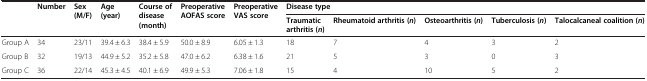
<table><thead><tr><td rowspan="2"></td><td rowspan="2"><b>Number</b></td><td rowspan="2"><b>Sex (M/F)</b></td><td rowspan="2"><b>Age (year)</b></td><td rowspan="2"><b>Course of disease (month)</b></td><td rowspan="2"><b>Preoperative AOFAS score</b></td><td rowspan="2"><b>Preoperative VAS score</b></td><td colspan="5"><b>Disease type</b></td></tr><tr><td><b>Traumatic arthritis (<i>n</i>)</b></td><td><b>Rheumatoid arthritis (<i>n</i>)</b></td><td><b>Osteoarthritis (<i>n</i>)</b></td><td><b>Tuberculosis (<i>n</i>)</b></td><td><b>Talocalcaneal coalition (<i>n</i>)</b></td></tr></thead><tbody><tr><td>Group A</td><td>34</td><td>23/11</td><td>39.4 ± 6.3</td><td>38.4 ± 5.9</td><td>50.0 ± 8.9</td><td>6.05 ± 1.3</td><td>18</td><td>7</td><td>4</td><td>3</td><td>2</td></tr><tr><td>Group B</td><td>32</td><td>19/13</td><td>44.9 ± 5.2</td><td>35.2 ± 5.8</td><td>47.0 ± 6.2</td><td>6.38 ± 1.6</td><td>21</td><td>5</td><td>3</td><td>0</td><td>3</td></tr><tr><td>Group C</td><td>36</td><td>22/14</td><td>45.3 ± 4.5</td><td>40.1 ± 6.9</td><td>49.9 ± 5.3</td><td>7.06 ± 1.8</td><td>15</td><td>4</td><td>10</td><td>5</td><td>2</td></tr></tbody></table>